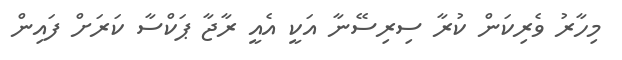
މިހާރު ވެރިކަން ކުރާ ސިރިސޭނާ އަކީ އެއީ ރާޖާ ޕަކްސާ ކަރަށް ފައިން